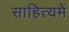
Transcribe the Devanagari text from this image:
साहित्यमें